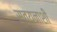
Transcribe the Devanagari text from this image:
सत्यनाशी